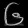
Digit: ၆